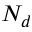
N _ { d }